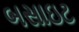
બસાઇટ